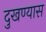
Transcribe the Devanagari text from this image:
दुखण्यास